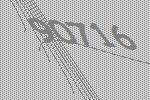
90716